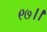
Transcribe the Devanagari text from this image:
९७।।